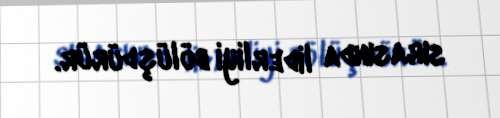
sırasında liderliyi bölüşdürür.